Report on lock hospitals in British Burma
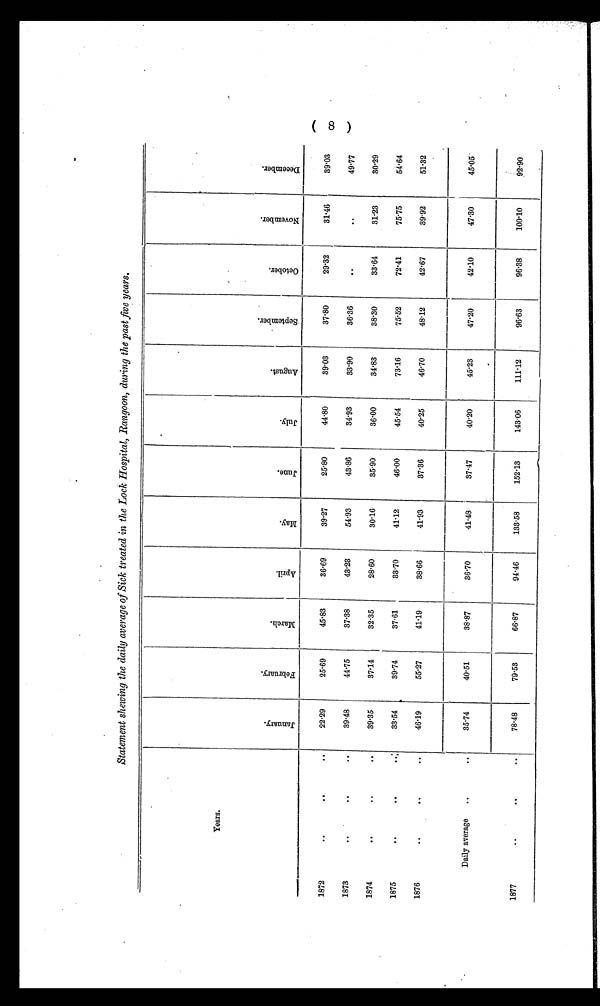
Statement shewing the daily average of Sick treated in the Lock Hospital, Rangoon, during the past five years.
Years.
J a n u a r y .
F e b r u a r y .
M a r c h .
A p r i l .
M a y .
J u n e .
J u l y .
A u g u s t .
S e p t e m b e r
.
O c t o b e r . N o v e m b e r .
D e c e m b e r .
..surem.
1872
. .
..
..
22·29
25·69
45·83
36·69
39·27
25·80
44·80
39·03
37·80
29·32
31·46
39·03
1873
. .
. .
. .
39·48
44·75
37·38
43·23
54·93
43·86
34·93
33·90
36·36
. . . .
49·77
1874
. .
. .
. .
39·35
37·14
32·35
28·60
30·16
35·90
36·00
34·83
38·30
33·64
31.23
30·29
1875
..
. .
. . 33·54
39.74
37·61
33·70
41·12
46.00
45·54
73·16
75·52
72·41
75·75
54·64
1876
. .
..
. . 46·19
55·27
41·19
38·66
41·93
37·36
40·25
46·70
48·12
42·67
39·92
51·32
Daily average
..
..
35·74
40·51
38·87
36·70
41·48
37·47
40·20
45·23
47·20
42·10
47·30
45·05
1877
. .
. .
. . 78·48
79.53
66·87
94·46
133·58
152·13
143·06
111·12
96·63
96·38
100·10
92·90
(8)